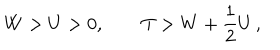
LaTeX: W > U > 0 , \qquad T > W + \frac { 1 } { 2 } U \, ,